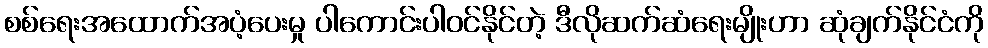
စစ်ရေးအထောက်အပံ့ပေးမှု ပါကောင်းပါဝင်နိုင်တဲ့ ဒီလိုဆက်ဆံရေးမျိုးဟာ ဆုံချက်နိုင်ငံကို